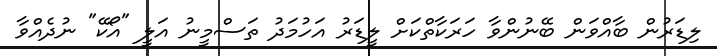
ލިޑަރުން ބާއްވަން ބޭނުންވާ ހަރަކާތްކަށް ލީޑަރު އަހުމަދު ތަސްމީނު އަލީ "އޯކޭ" ނުދެއްވާ